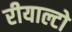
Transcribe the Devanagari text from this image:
रीयाल्टो